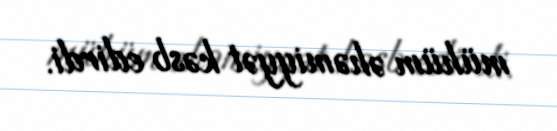
mühüm əhəmiyyət kəsb edirdi.